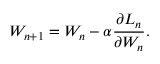
W _ { n + 1 } = W _ { n } - \alpha \frac { \partial L _ { n } } { \partial W _ { n } } .